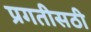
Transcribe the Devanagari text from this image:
प्रगतीसठी